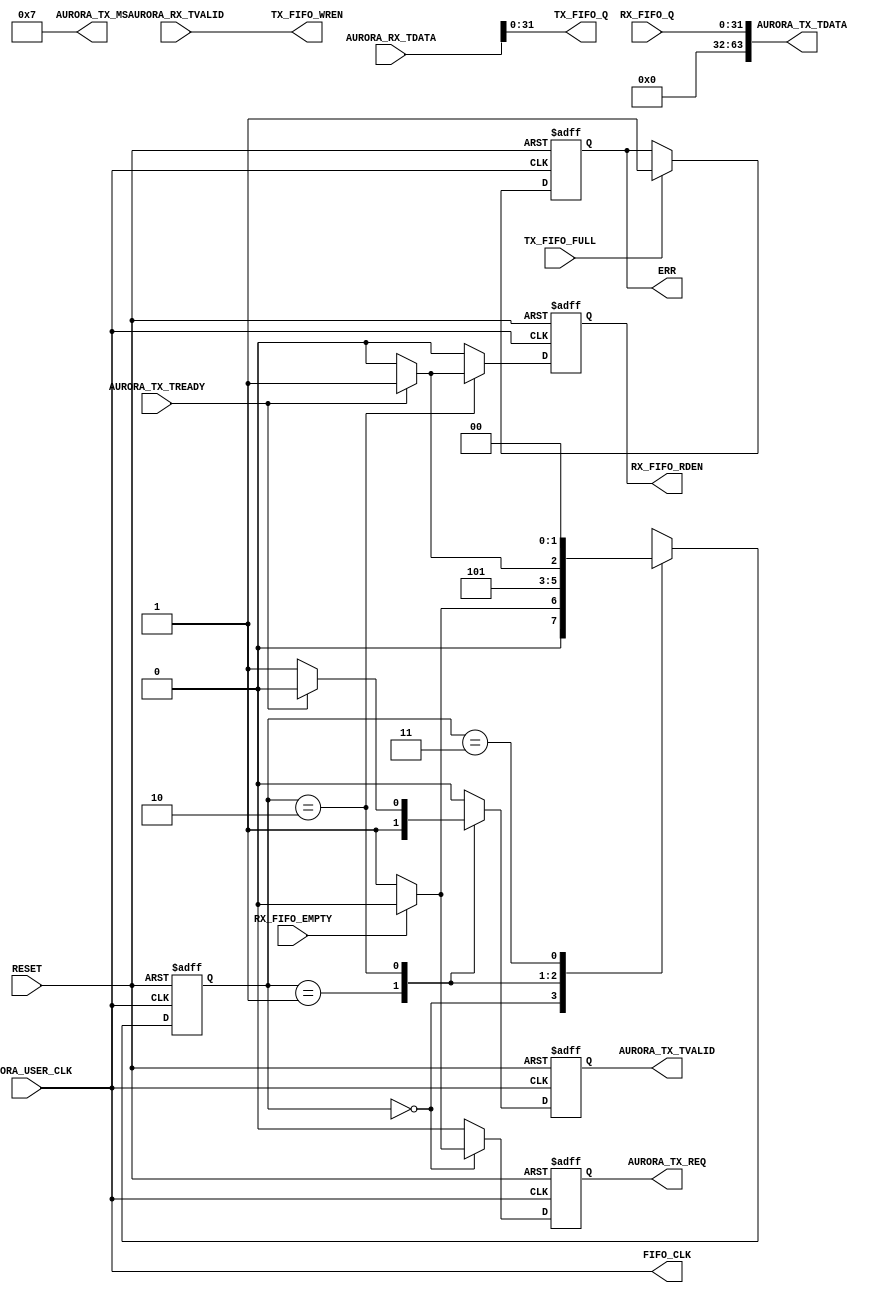
module fifo_over_ufc
  #(
    parameter FIFO_DATA_WIDTH   = 32,
    parameter AURORA_DATA_WIDTH = 64
    )
   (
    input                          RESET,
    input                          AURORA_USER_CLK,
    output reg                     AURORA_TX_REQ,
    output [7:0]                   AURORA_TX_MS,
    input                          AURORA_TX_TREADY,
    output [AURORA_DATA_WIDTH-1:0] AURORA_TX_TDATA,
    output reg                     AURORA_TX_TVALID,
    input [AURORA_DATA_WIDTH-1:0]  AURORA_RX_TDATA,
    input                          AURORA_RX_TVALID,
    output                         FIFO_CLK,
    output [FIFO_DATA_WIDTH-1:0]   TX_FIFO_Q,
    output                         TX_FIFO_WREN,
    input                          TX_FIFO_FULL,
    input [FIFO_DATA_WIDTH-1:0]    RX_FIFO_Q,
    output reg                     RX_FIFO_RDEN,
    input                          RX_FIFO_EMPTY,
    output reg                     ERR
    );

   assign FIFO_CLK     = AURORA_USER_CLK;
   // receiving from aurora
   assign TX_FIFO_Q    = AURORA_RX_TDATA[FIFO_DATA_WIDTH-1:0];
   assign TX_FIFO_WREN = AURORA_RX_TVALID;

   // sending through aurora
   reg [1:0]                       state;
   localparam S0 = 2'h0;
   localparam S1 = 2'h1;
   localparam S2 = 2'h2;
   localparam S3 = 2'h3;

   assign AURORA_TX_MS    = 8'd7; // n+1 bytes will be sent through UFC
   assign AURORA_TX_TDATA = RX_FIFO_Q;
   always @ (posedge AURORA_USER_CLK or posedge RESET) begin
      if (RESET) begin
         state            <= S0;
         AURORA_TX_REQ    <= 0;
         AURORA_TX_TVALID <= 0;
         RX_FIFO_RDEN     <= 0;
      end
      else begin
         AURORA_TX_REQ    <= 0;
         AURORA_TX_TVALID <= 0;
         RX_FIFO_RDEN     <= 0;
         case (state)
           S0: begin
              state <= S0;
              if (RX_FIFO_EMPTY == 0) begin
                 AURORA_TX_REQ <= 1;
                 state         <= S1;
              end
           end
           S1: begin
              AURORA_TX_TVALID <= 1;
              state            <= S2;
           end
           S2: begin
              state            <= S2;
              AURORA_TX_TVALID <= 1;
              if (AURORA_TX_TREADY == 1) begin
                 state            <= S3;
                 AURORA_TX_TVALID <= 0;
                 RX_FIFO_RDEN     <= 1;
              end
           end
           S3: begin
              state <= S0;
           end
           default: begin
              state <= S0;
           end
         endcase
      end
   end

   // latch on TX_FIFO_FULL = 1 as error condition
   always @ (posedge AURORA_USER_CLK or posedge RESET) begin
      if (RESET) begin
         ERR <= 0;
      end
      else begin
         if (TX_FIFO_FULL == 1) begin
            ERR <= 1;
         end
      end
   end
endmodule